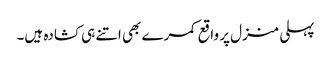
پہلی منزل پر واقع کمرے بھی اتنے ہی کشادہ ہیں۔